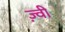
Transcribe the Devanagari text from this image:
ज़्वी